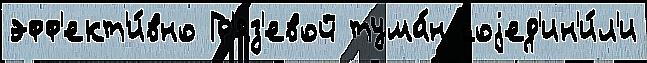
эфф'ект'и́вно Гр'яз'евой тума́н соjед'ин'и́л'и